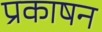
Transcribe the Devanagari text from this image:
प्रकाषन